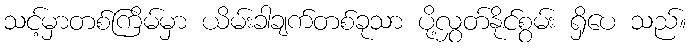
သင့်မှာတစ်ကြိမ်မှာ ယိမ်းခါချက်တစ်ခုသာ ပို့လွှတ်နိုင်စွမ်း ရှိပေ သည်။